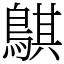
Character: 鶀